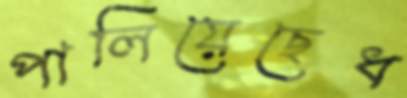
পালিয়েছেধ